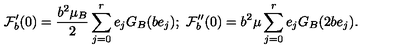
\mathcal { F } _ { b } ^ { \prime } ( 0 ) = \frac { b ^ { 2 } \mu _ { B } } { 2 } \sum _ { j = 0 } ^ { r } e _ { j } G _ { B } ( b e _ { j } ) ; \ \mathcal { F } _ { b } ^ { \prime \prime } ( 0 ) = b ^ { 2 } \mu \sum _ { j = 0 } ^ { r } e _ { j } G _ { B } ( 2 b e _ { j } ) .